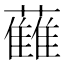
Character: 𱾻